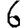
Digit: 6